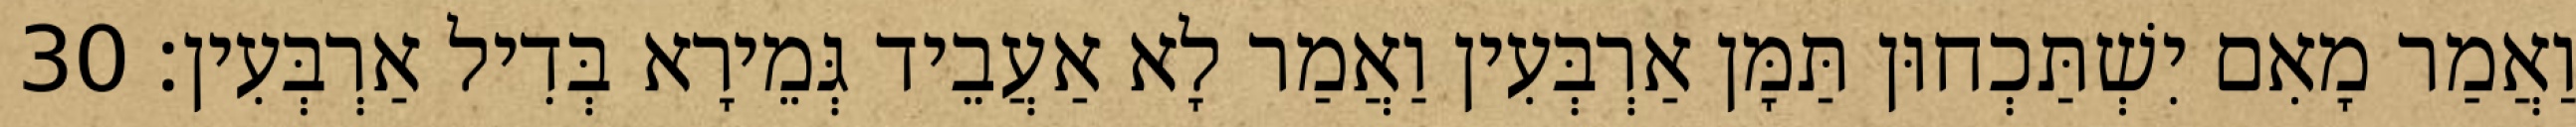
וַאֲמַר מָאִם יִשְׁתַּכְחוּן תַּמָּן אַרְבְּעִין וַאֲמַר לָא אַעֲבֵיד גְּמֵירָא בְּדִיל אַרְבְּעִין׃ 30